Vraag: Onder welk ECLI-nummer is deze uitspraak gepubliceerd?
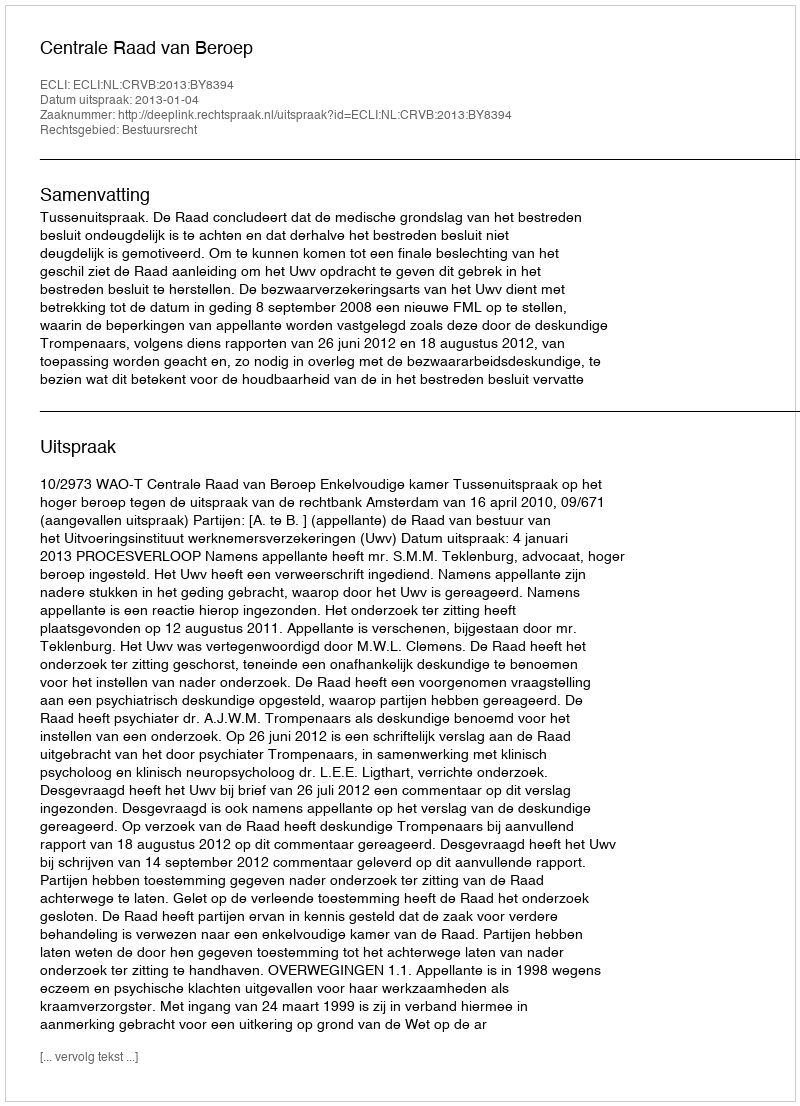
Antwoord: ECLI:NL:CRVB:2013:BY8394